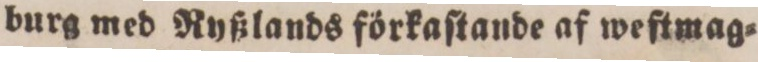
burg med Ryßlands förkaſtande af weftmag=